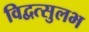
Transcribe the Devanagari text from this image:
विद्वत्सुलभ